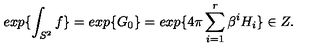
e x p \{ \int _ { S ^ { 2 } } f \} = e x p \{ G _ { 0 } \} = e x p \{ 4 \pi \sum _ { i = 1 } ^ { r } \beta ^ { i } H _ { i } \} \in Z .